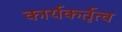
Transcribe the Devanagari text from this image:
कार्यकर्तृत्व